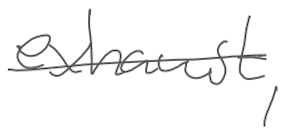
Text: exhaust,
Cross-out: single-line
Writing tool: digital_gray